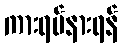
ကားရပ်နားရန်